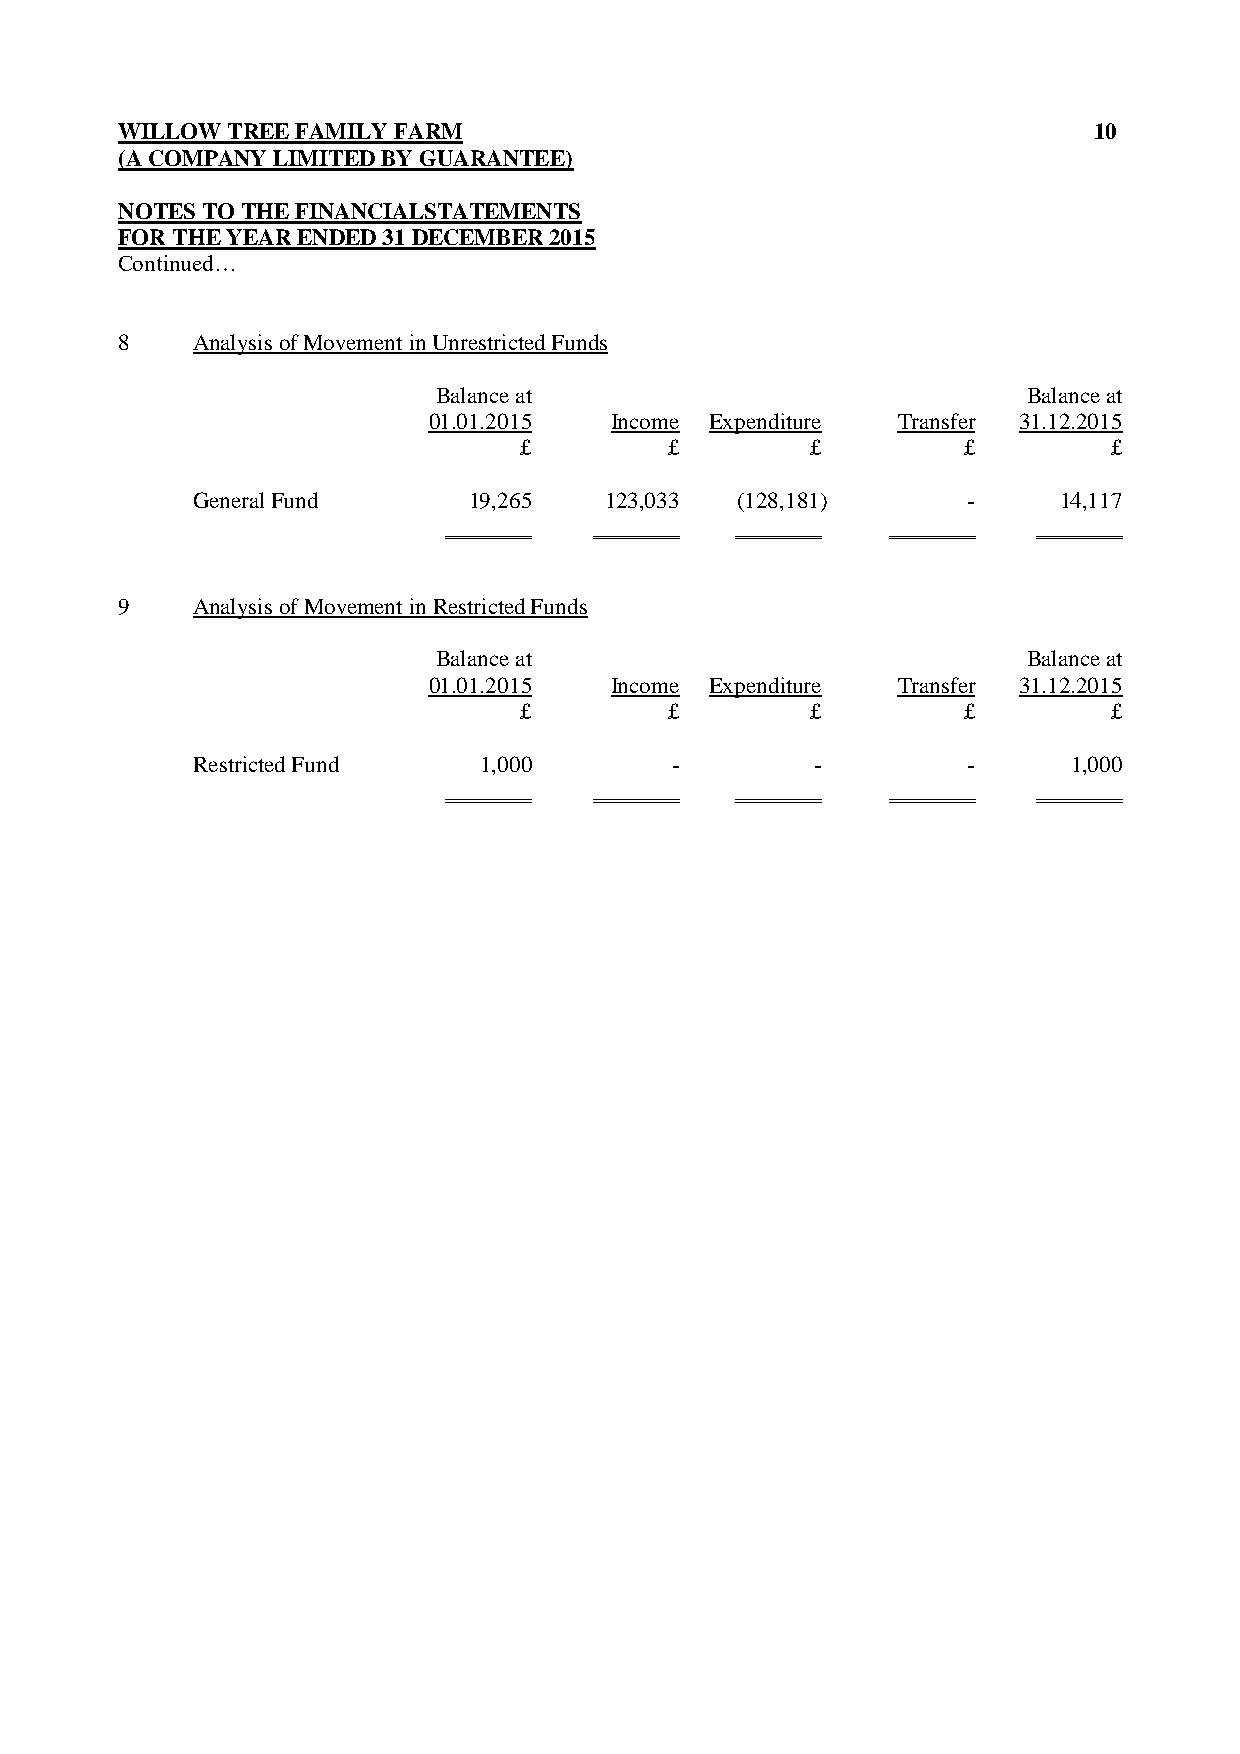
WILLOW TREE FAMILY FARM                                         10
 (A COMPANY LIMITED BY GUARANTEE)
 NOTES TO THE FINANCIALSTATEMENTS
 FOR THE YEAR ENDED 31 DECEMBER 2015
 Continued…
 8    Analysis of Movement in Unrestricted Funds
 Balance at                             Balance at
 01.01.2015  Income Expenditure Transfer 31.12.2015
 £         £         £         £         £
 General Fund      19,265   123,033  (128,181)      -     14,117
 9    Analysis of Movement in Restricted Funds
 Balance at                             Balance at
 01.01.2015  Income Expenditure Transfer 31.12.2015
 £         £         £         £         £
 Restricted Fund    1,000       -         -         -      1,000